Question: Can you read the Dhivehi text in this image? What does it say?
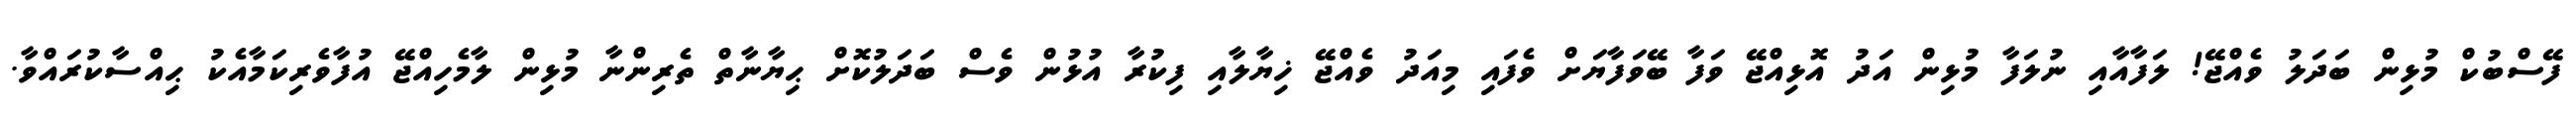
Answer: ފޭސްބުކް މުޅިން ބަދަލު ވެއްޖޭ! ލަފާއާއި ނުލަފާ މުޅިން އަދު އޮޅިއްޖޭ ވަފާ ބޭވަފާޔަށް ވެފައި މިއަދު ވެއްޖޭ ޚިޔާލާއި ފިކުރާ އުޅުން ވެސް ބަދަލުކޮށް ޙިޔާނާތް ތެރިންނާ މުޅިން ލާމެހިއްޖޭ އުފާވެރިކަމާއެކު ޙިއްސާކުރައްވާ.